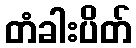
တံခါးပိတ်